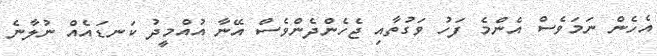
އެހެން ނަމަވެސް އެންމެ ފަހު ވަގުތާއި ޖެހެންދެންވެސް އޭނާ އުއްމީދު ކަނޑައެއް ނުލާނެ